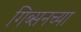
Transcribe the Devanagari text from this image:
गिब्सनच्या